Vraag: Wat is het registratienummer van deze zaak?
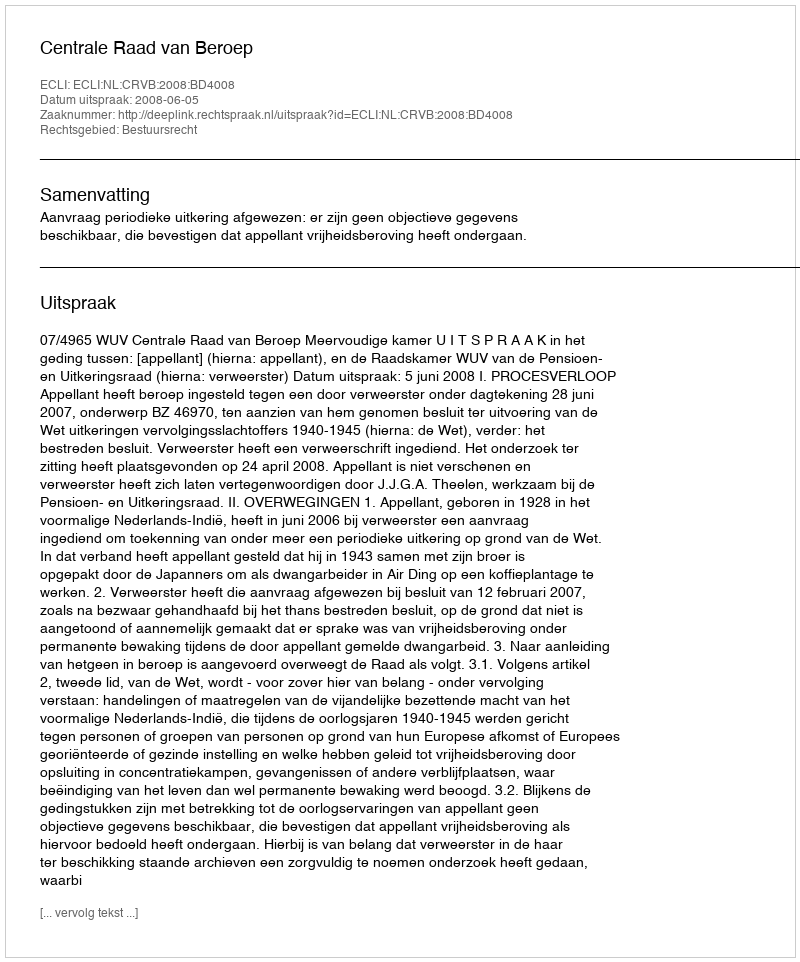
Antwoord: http://deeplink.rechtspraak.nl/uitspraak?id=ECLI:NL:CRVB:2008:BD4008